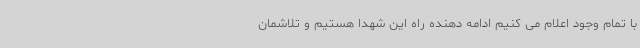
با تمام وجود اعلام می کنیم ادامه دهنده راه این شهدا هستیم و تلاشمان